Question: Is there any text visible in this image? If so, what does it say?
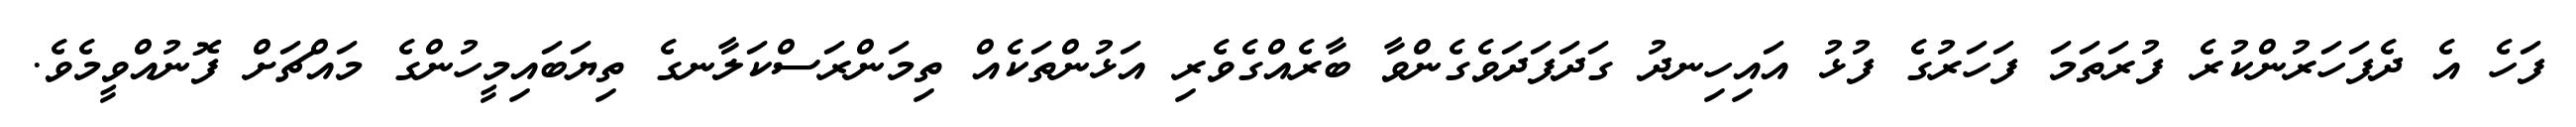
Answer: ފަހެ އެ ދެފަހަރުންކުރެ ފުރަތަމަ ފަހަރުގެ ފުޅު އައިހިނދު ގަދަފަދަވެގެންވާ ބާރެއްގެވެރި އަޅުންތަކެއް ތިމަންރަސްކަލާނގެ ތިޔަބައިމީހުންގެ މައްޗަށް ފޮނުއްވީމެވެ.